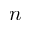
n